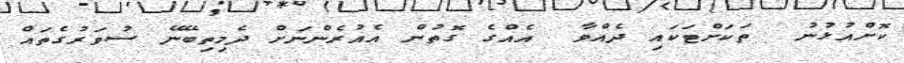
ކޮށްއުޅުނު  ތަކަށްޓަކައި ދެއްވާ  އެއްގެ ގޮތުން އެއުރެންނަށް ދެމިތިބޭނޭ ސުވަރުގެތައް